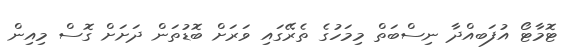
ޓޮމާޓޯ އުފަބއްދާ ނިސްބަތް މިމަހުގެ ތެރޭގައި ވަރަށް ބޮޑުތަން ދަށަށް ގޮސް މިއިން